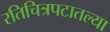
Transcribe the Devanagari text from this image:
रतिचित्रपटातल्या